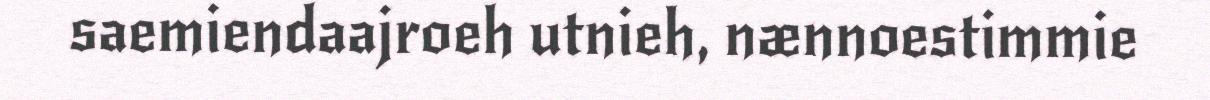
saemiendaajroeh utnieh, nænnoestimmie